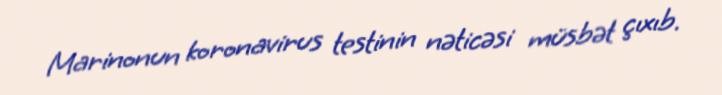
Marinonun koronavirus testinin nəticəsi müsbət çıxıb.